Document type: Emphyteutic lease
Year: 1295
Scribe: Pere de Noguera, prevere
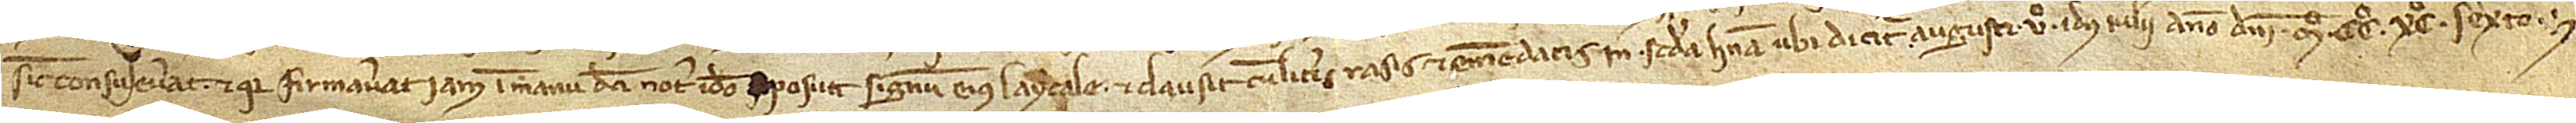
sicut consueverat, et quia firmaverat iam in manu dicti notarii ideo posuit signum eius laycale et clausit, cum literis rasis et emendatis in secunda linea, ubi dicitur “augusti”, Vº idus iulii, anno Domini Mº CCº XCº sexto.